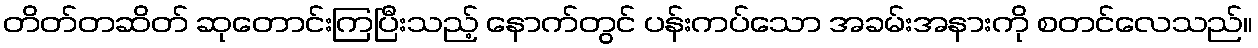
တိတ်တဆိတ် ဆုတောင်းကြပြီးသည့် နောက်တွင် ပန်းကပ်သော အခမ်းအနားကို စတင်လေသည်။